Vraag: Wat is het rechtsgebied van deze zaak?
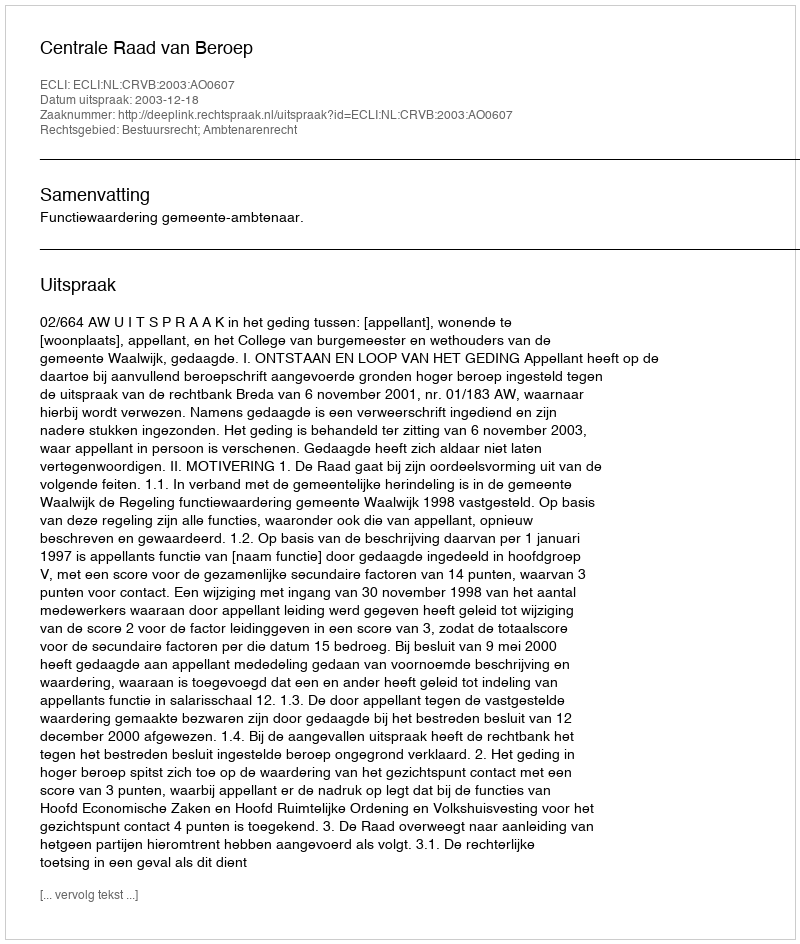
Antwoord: Bestuursrecht; Ambtenarenrecht